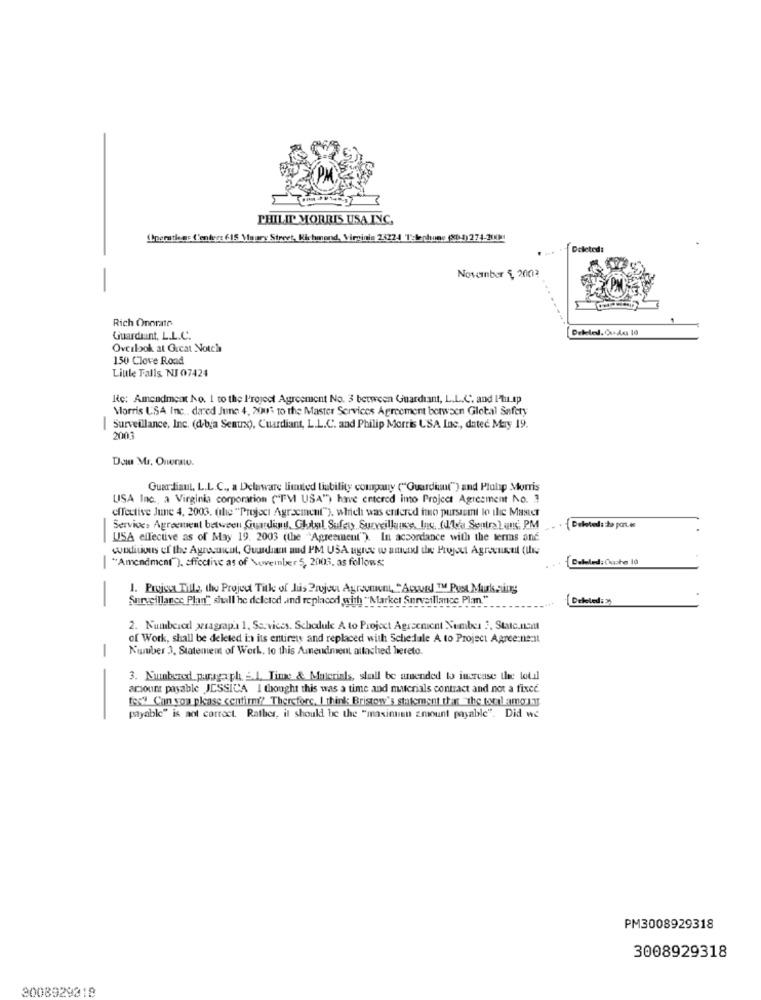
PHILIP MORRIS USA INC,
ILperation: C'enters 615 Maarx Street, Richmond, Virginia 23224 Telephone (04)274-201
. +Deleted:
November 5, 20013
Rich Onorato
Deklel. Cuda 19
Guardunt, L.L.C.
Overbok at Great Notch
150 Clove Road
Liule Falls, NJ 07424
Re: Amendment No. 1 to the l'reject Agreement No. 3 between Guardiant, L.L.C. and Phrap
Morris USA Inc ., dared June 4, 200\ to the Master Services Agreement between Global Safety
| Surveillance, Inc. (d-bja Senurx), Cuardiant, L.L.C. and Philip Morris USA Inc ., dated May 19.
2003
Dom Mr. Onorato.
Guardiaul, L.L.C ., a Delaware limited liability company ("Guardian(") and Plulap Morris
USA Inc ., a Virginia corporation (FVI USA") have entered into Project Agreement No. 3
effective June 4, 2003. (the "Project Agreement"), which was entered imo pursuemi lo the Master
Service> Agreement between Guardlimit, Global Sufew Surveillance, Ins, (dha Sentral ans: PM
USA effective as of May 19. 2003 (the "Agreement"). In accordance with the terms and
wodtiuous of the Agrocucul, Guardian and PM USA agree w amund the Project Agreeunut (ihre
"Amendment"), Effective as of November 5, 2003, as follows:
Debuted: Cache l0
-
1. Proissa Tills, the Project Title of Jus Pryjou Agreement, "Acard IM Post Mark.sing
Surveillance Plan", shall be deleted .ind replaced with "Market Surveillance Plan."
[Deleted: »
-
2. Numbered seragrapa 1, Services. Schedule A to Project Agracnicnt Number 2, State.natt
of Work, shall be deleted i: its entirety and replaced with Schedale A to Project Agree nennt
Number 3, Statement of Work, to this Amendment attached hereto.
3. Nunbered pursga ph. 2.1. Time & Materials, shall be amended to increase the total
account payable JESSICA I thought this was a time and materials contract and not a fixee
few Can you please confirm ?? Therefore, I think Bristow's statement that "the tovalamorir
--
payable" is not correct. Rather, il should be the "masinnan amount payable". Did we
PM3008929318
3008929318
3008929818